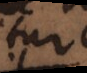
tur,